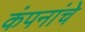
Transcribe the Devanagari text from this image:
कंपनांचे